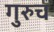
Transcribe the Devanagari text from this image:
गुरुच